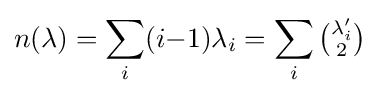
n(\lambda )=\sum _{i}(i{-}1)\lambda _{i}=\sum _{i}{\tbinom {\lambda _{i}'}{2}}